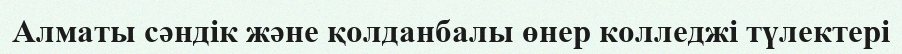
Алматы сәндік және қолданбалы өнер колледжі түлектері